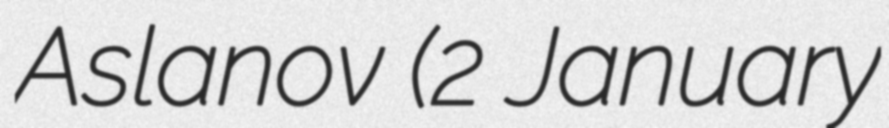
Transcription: Aslanov (2 January